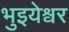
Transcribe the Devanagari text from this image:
भुइयेश्वर